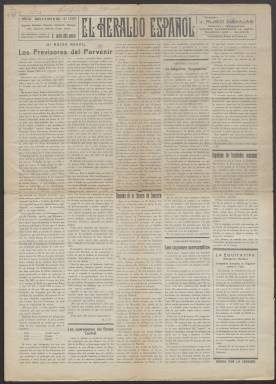
Título: El Heraldo español (Madrid. 1927)
Colección: Periódicos
Ámbito geográfico: Madrid
Lugar de publicación: Madrid
Fechas: 05/01/1935-05/09/1936